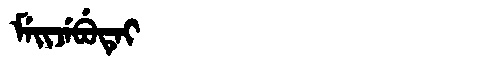
Manchu: ᠮᡝᡳᠵᡝᠪᡠᡨᡝᡳ
Romanization: MEIJEBUTEI